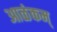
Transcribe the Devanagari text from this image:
आळंकम्